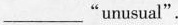
___ "unusual".